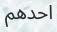
احدھم